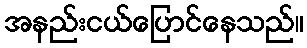
အနည်းငယ်ပြောင်နေသည်။